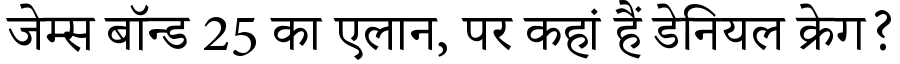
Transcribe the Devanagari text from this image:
जेम्स बॉन्ड 25 का एलान, पर कहां हैं डेनियल क्रेग?